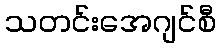
သတင်းအေဂျင်စီ